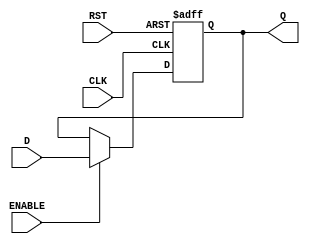


module FFD1 (input CLK, RST, ENABLE, D,
            output reg Q);
        always @ (posedge CLK or posedge RST)begin
            if (RST) begin
                Q <= 1'b0;
            end
            else if (ENABLE) begin
                Q <= D;
            end
        end   
endmodule

module ACCUMULATOR (input CLK, RST, ENABLE, input [3:0] D, 
                    output wire [3:0]Q);
        FFD1 F4F1(CLK, RST, ENABLE,  D[3], Q[3]);
        FFD1 F4F2(CLK, RST, ENABLE, D[2], Q[2]);
        FFD1 F4F3(CLK, RST, ENABLE,  D[1], Q[1]);
        FFD1 F4F4(CLK, RST, ENABLE, D[0], Q[0]);
endmodule    

// C = Carry
module  ALU(A, B, SEL, C, ZERO, OUT);
    input   [3:0] A, B;
    input   [2:0] SEL;
    output  [3:0] OUT;  
    output  C, ZERO;
    reg [3:0] OUT;
    reg C, ZERO;

    reg [4:0] IR; //Registro interno

    
    always @ (A, B, SEL)
    begin
        case (SEL)
            3'b000: 
                begin
                   IR = 5'b00000;
                   IR = A;
                   C = 1'b0;
                   ZERO = 1'b0;
                   OUT = IR[3:0];
                end
            3'b010:
                begin
                    IR = 5'b00000;
                    IR = B;
                    C = 1'b0;
                    ZERO = 1'b0;
                    OUT = IR[3:0];
                end
            3'b100:
                begin
                    IR = 5'b00000;
                    IR = ~(A & B);
                    C = 1'b0;
                    ZERO = 1'b0;
                    OUT = IR[3:0];
                end    
            3'b001:
                begin
                    IR = 5'b00000;
                    IR = A - B;
                    OUT = IR[3:0];
                    C = IR[4];
                    ZERO = (IR == 5'b00000);
                end    
            3'b011:
                begin
                    IR = 5'b00000;
                    IR = A + B;
                    OUT = IR[3:0];
                    C = IR[4];
                    ZERO = (IR == 5'b00000);
                end    
        endcase        
    end    
endmodule    


module BUS(input [3:0] DPS, input AC, output reg [3:0] OUT);
 
    always @ (*)
    begin
        case (AC)
            1'b0:   OUT = 4'bzzzz;
            1'b1:   OUT = DPS;
            default: OUT = 4'bzzzz;
        endcase
    end    

endmodule    


module MAIN(CLK, RST, ENABLE, IN, AC1, AC2, SEL, C, ZERO, OUT);
    input CLK, RST, ENABLE;
    input [3:0]IN;
    input AC1, AC2;
    output C, ZERO;
    input [2:0] SEL;
    output [3:0]OUT;
    wire [3:0] BO, ALO, ACO;

    BUS B1(IN, AC1, BO);
    ACCUMULATOR B2(CLK, RST, ENABLE, ALO, ACO);
    ALU B3(BO, ACO, SEL, C, ZERO, ALO);
    BUS B4(ALO, AC2, OUT);

endmodule